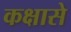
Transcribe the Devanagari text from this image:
कक्षासे